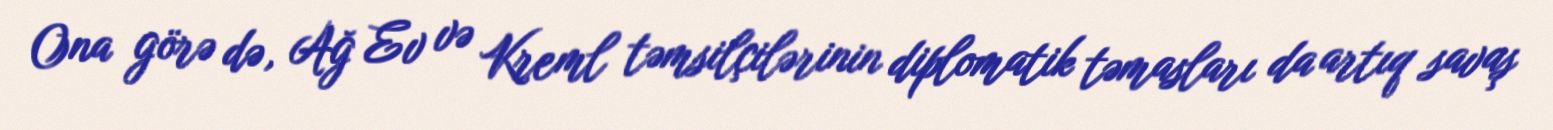
Ona görə də, Ağ Ev və Kreml təmsilçilərinin diplomatik təmasları da artıq savaş